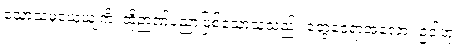
သောသံမုယှေယျကိံ၊ ထိုဉာဏ်ပညာဖြစ်သောသူသည်။ တွေဝေရာအံ့လော။ ဥဒါဟု၊